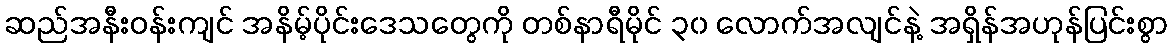
ဆည်အနီးဝန်းကျင် အနိမ့်ပိုင်းဒေသတွေကို တစ်နာရီမိုင် ၃၀ လောက်အလျင်နဲ့ အရှိန်အဟုန်ပြင်းစွာ